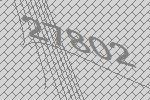
27802